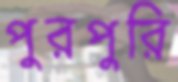
পুরপুরি